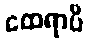
ထေရာပိ